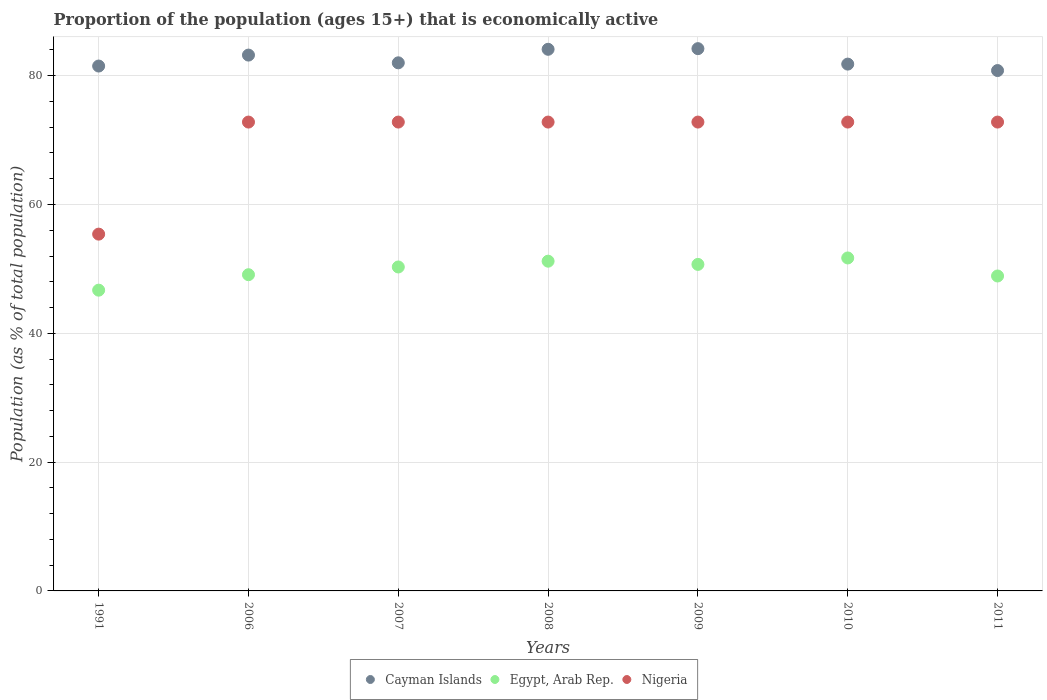
| Years | Cayman Islands | Egypt, Arab Rep. | Nigeria |
 | --- | --- | --- | --- |
 | 1991 | 81.5 | 46.7 | 55.4 |
 | 2006 | 83.2 | 49.1 | 72.8 |
 | 2007 | 82 | 50.3 | 72.8 |
 | 2008 | 84.1 | 51.2 | 72.8 |
 | 2009 | 84.2 | 50.7 | 72.8 |
 | 2010 | 81.8 | 51.7 | 72.8 |
 | 2011 | 80.8 | 48.9 | 72.8 |